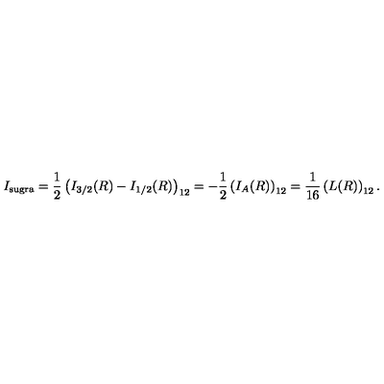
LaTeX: I _ { \mathrm { s u g r a } } = { \frac { 1 } { 2 } } \left( I _ { 3 / 2 } ( R ) - I _ { 1 / 2 } ( R ) \right) _ { 1 2 } = - { \frac { 1 } { 2 } } \left( I _ { A } ( R ) \right) _ { 1 2 } = { \frac { 1 } { 1 6 } } \left( L ( R ) \right) _ { 1 2 } .